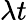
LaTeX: \lambda t